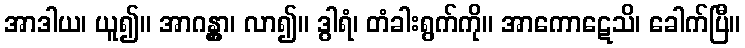
အာဒါယ၊ ယူ၍။ အာဂန္တွာ၊ လာ၍။ ဒွါရံ၊ တံခါးရွက်ကို။ အာကောဋေသိ၊ ခေါက်ပြီ။